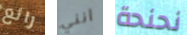
رائع أنني نحنحة